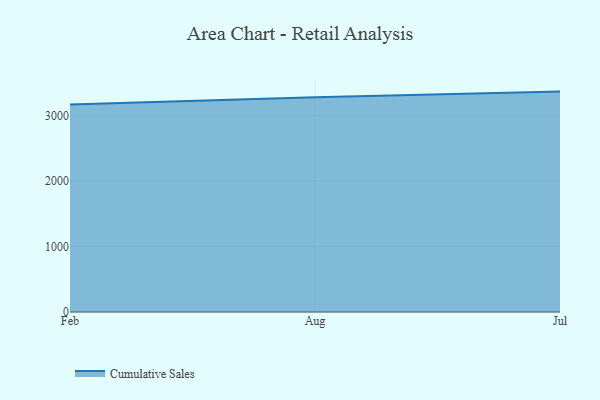
{"axis": {"x": "Month", "y": "Net Income (USD K)"}, "legend": ["Cumulative Sales"], "data": [{"x": "Feb", "y": 3172.6, "type": "Cumulative Sales"}, {"x": "Aug", "y": 3280.2, "type": "Cumulative Sales"}, {"x": "Jul", "y": 3368.0, "type": "Cumulative Sales"}]}